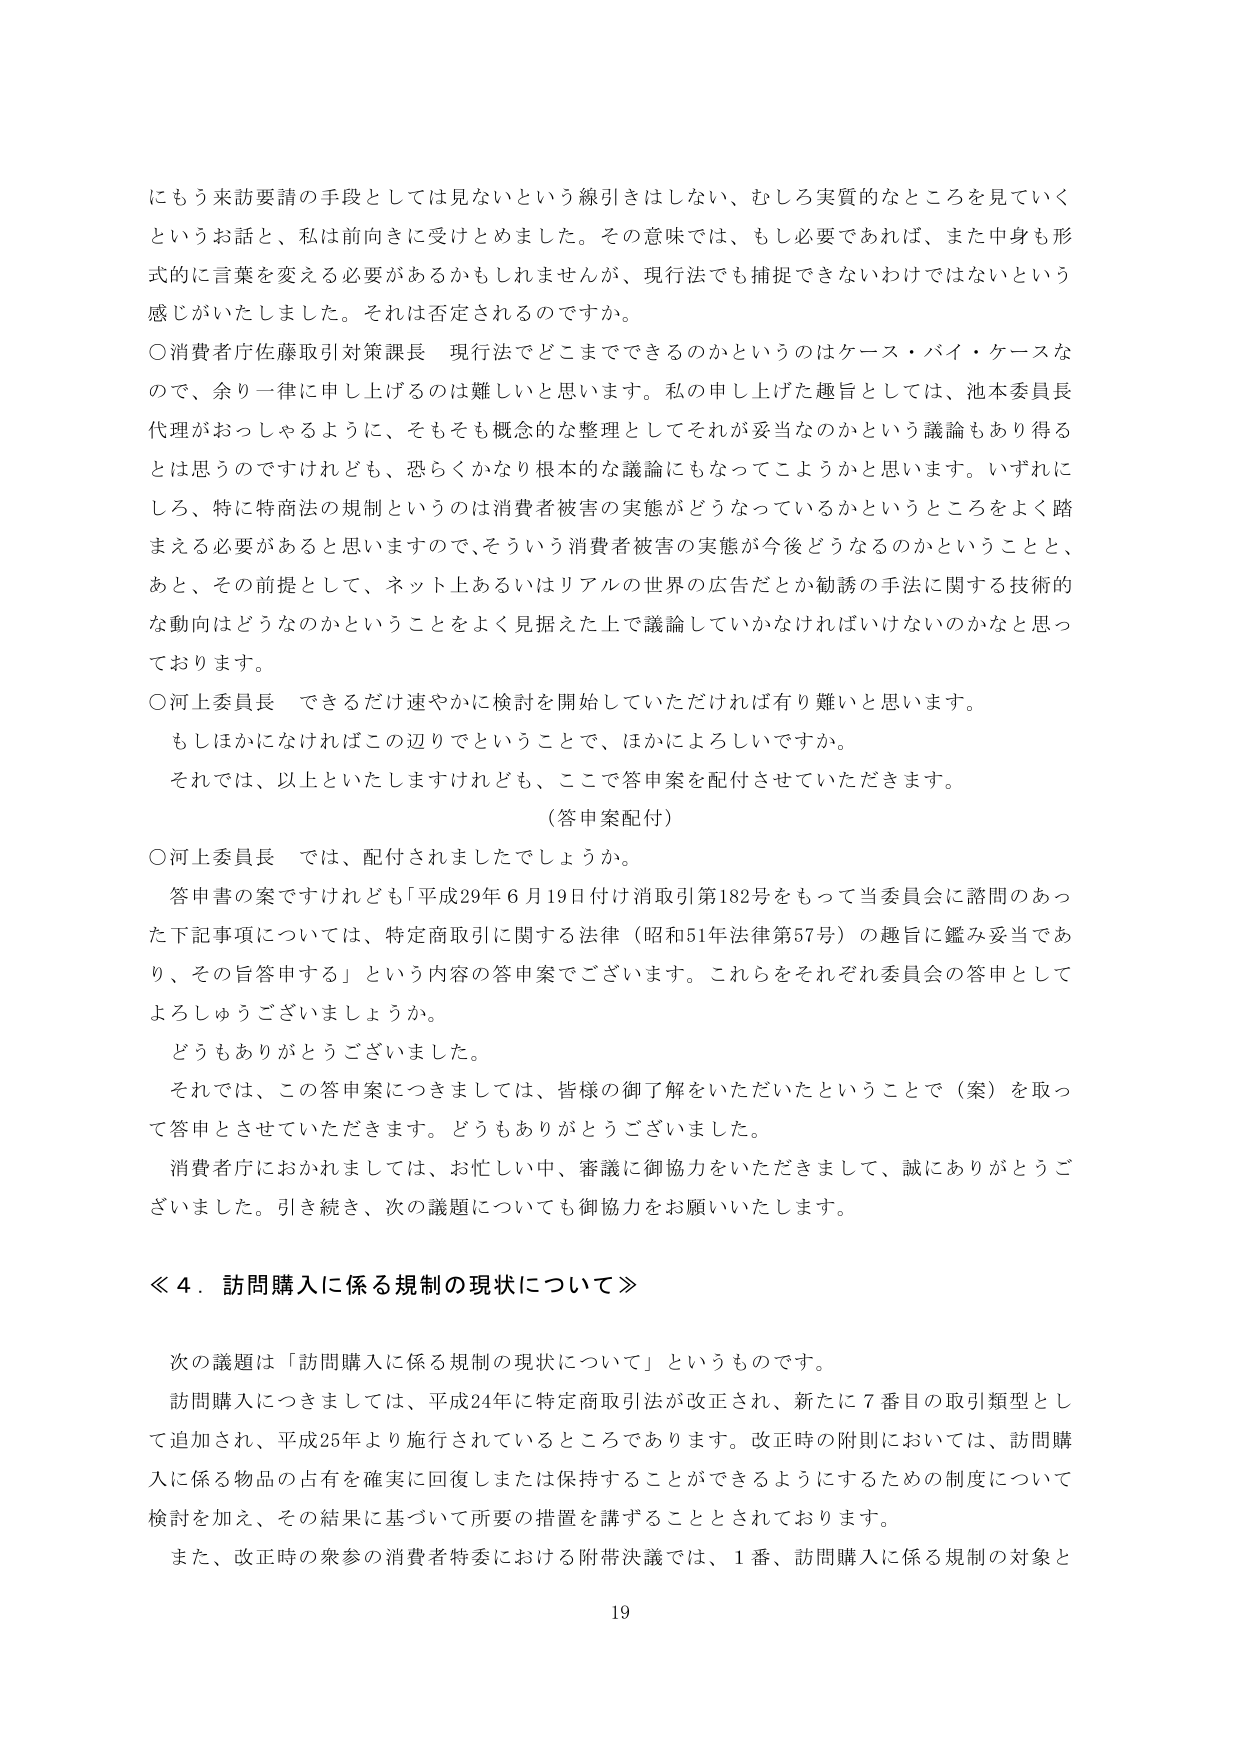
にもう来訪要請の手段としては見ないという線引きはしない、むしろ実質的なところを見ていくというお話と、私は前向きに受けとめました。その意味では、もし必要であれば、また中身も形式的に言葉を変える必要があるかもしれませんが、現行法でも捕捉できないわけではないという感じがいたしました。それは否定されるのですか。

○消費者庁佐藤取引対策課長 現行法でどこまでできるのかというのはケース・バイ・ケースなので、余り一律に申し上げるのは難しいと思います。私の申し上げた趣旨としては、池本委員長代理がおっしゃるように、そもそも概念的な整理としてそれが妥当なのかという議論もあり得るとは思うのですけれども、恐らくかなり根本的な議論にもなってこようかと思います。いずれにしろ、特に特商法の規制というのは消費者被害の実態がどうなっているかというところをよく踏まえる必要があると思いますので、そういう消費者被害の実態が今後どうなるのかということと、あと、その前提として、ネット上あるいはリアルの世界の広告だとか勧誘の手法に関する技術的な動向はどうなのかということをよく見据えた上で議論していかなければならないのかなと思っております。

○河上委員長 できるだけ速やかに検討を開始していただければ有り難いと思います。
もしほかになければこの辺りでということで、ほかにようしいですか。
それでは、以上といたしますけれども、ここで答申案を配付させていただきます。
（答申案配付）

○河上委員長 では、配付されましたでしょうか。
答申書の案ですけれども「平成29年6月19日付け消取引第182号をもって当委員会に諮問のあった下記事項については、特定商取引に関する法律（昭和51年法律第57号）の趣旨に鑑み妥当であり、その旨答申する」という内容の答申案でございます。これらをそれぞれ委員会の答申としてよろしゅうございましょうか。
どうもありがとうございました。
それでは、この答申案につきましては、皆様の御了解をいただいたということで（案）を取って答申とさせていただきます。どうもありがとうございました。
消費者庁におかれましては、お忙しい中、審議に御協力をいただきまして、誠にありがとうございました。引き続き、次の議題についても御協力をお願いいたします。

≪４．訪問購入に係る規制の現状について≫

次の議題は「訪問購入に係る規制の現状について」というものです。
訪問購入につきましては、平成24年に特定商取引法が改正され、新たに７番目の取引類型として追加され、平成25年より施行されているところであります。改正時の附則においては、訪問購入に係る物品の占有を確実に回復しましたは保持することができるようになるための制度について検討を加え、その結果に基づいて所要の措置を講ずることとされております。
また、改正時の衆参の消費者特委における附帯決議では、１番、訪問購入に係る規制の対象と

19